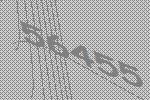
56455